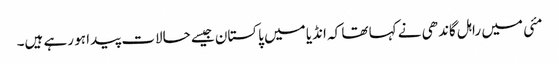
مئی میں راہل گاندھی نے کہا تھا کہ انڈیا میں پاکستان جیسے حالات پیدا ہو رہے ہیں۔